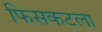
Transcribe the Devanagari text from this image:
फिसकटला